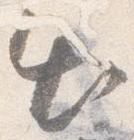
出